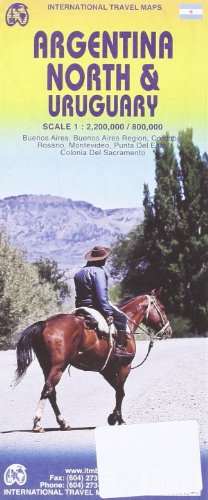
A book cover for Argentina North & Uruguay 1:2,200,000/800,000 (English and Spanish Edition); International Travel maps; Travel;